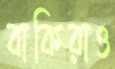
বাকিরাও